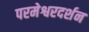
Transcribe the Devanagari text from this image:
परमेश्वरदर्शन